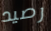
رصيد